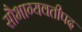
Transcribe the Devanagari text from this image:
सौभाग्यवतीपद